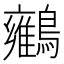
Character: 𪇉